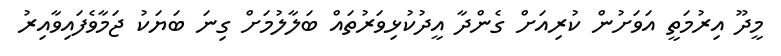
މީދޫ އިރުމަތީ އަވަށުން ކުރިއަށް ގެންދާ އީދުކުޅިވަރުތައް ބަލާލުމަށް ގިނަ ބަޔަކު ޖަމާވެފައިވާއިރު